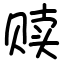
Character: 赎